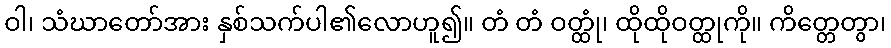
ဝါ၊ သံဃာတော်အား နှစ်သက်ပါ၏လောဟူ၍။ တံ တံ ဝတ္ထုံ၊ ထိုထိုဝတ္ထုကို။ ကိတ္တေတွာ၊